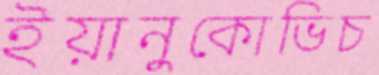
ইয়ানুকোভিচ